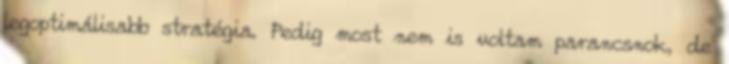
legoptimálisabb stratégia. Pedig most nem is voltam parancsnok, de